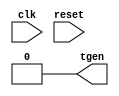
/**********************************************************************/
/*                                                                    */
/*             -------                                                */
/*            /   SOC  \                                              */
/*           /    GEN   \                                             */
/*          /     SIM    \                                            */
/*          ==============                                            */
/*          |            |                                            */
/*          |____________|                                            */
/*                                                                    */
/*  timing  generator for simulation probes                           */
/*                                                                    */
/*                                                                    */
/*  Author(s):                                                        */
/*      - John Eaton, jt_eaton@opencores.org                          */
/*                                                                    */
/**********************************************************************/
/*                                                                    */
/*    Copyright (C) <2010>  <Ouabache Design Works>                   */
/*                                                                    */
/*  This source file may be used and distributed without              */
/*  restriction provided that this copyright statement is not         */
/*  removed from the file and that any derivative work contains       */
/*  the original copyright notice and the associated disclaimer.      */
/*                                                                    */
/*  This source file is free software; you can redistribute it        */
/*  and/or modify it under the terms of the GNU Lesser General        */
/*  Public License as published by the Free Software Foundation;      */
/*  either version 2.1 of the License, or (at your option) any        */
/*  later version.                                                    */
/*                                                                    */
/*  This source is distributed in the hope that it will be            */
/*  useful, but WITHOUT ANY WARRANTY; without even the implied        */
/*  warranty of MERCHANTABILITY or FITNESS FOR A PARTICULAR           */
/*  PURPOSE.  See the GNU Lesser General Public License for more      */
/*  details.                                                          */
/*                                                                    */
/*  You should have received a copy of the GNU Lesser General         */
/*  Public License along with this source; if not, download it        */
/*  from http://www.opencores.org/lgpl.shtml                          */
/*                                                                    */
/**********************************************************************/



module timing_gen 
#(parameter DELAY=10,
  parameter WIDTH=20
 )
 (input wire  clk,
  input wire  reset,
  output reg  tgen
 );
   
initial
  begin
  tgen = 1'b0;
  end


always@(posedge clk  )  tgen  = #DELAY  1'b1;
always@(posedge tgen )  tgen  = #WIDTH  1'b0;


   
   


   

endmodule